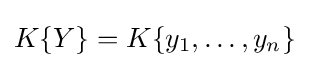
{\textstyle K\{Y\}=K\{y_{1},\ldots ,y_{n}\}}